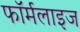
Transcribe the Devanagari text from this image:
फॉर्मलाइज